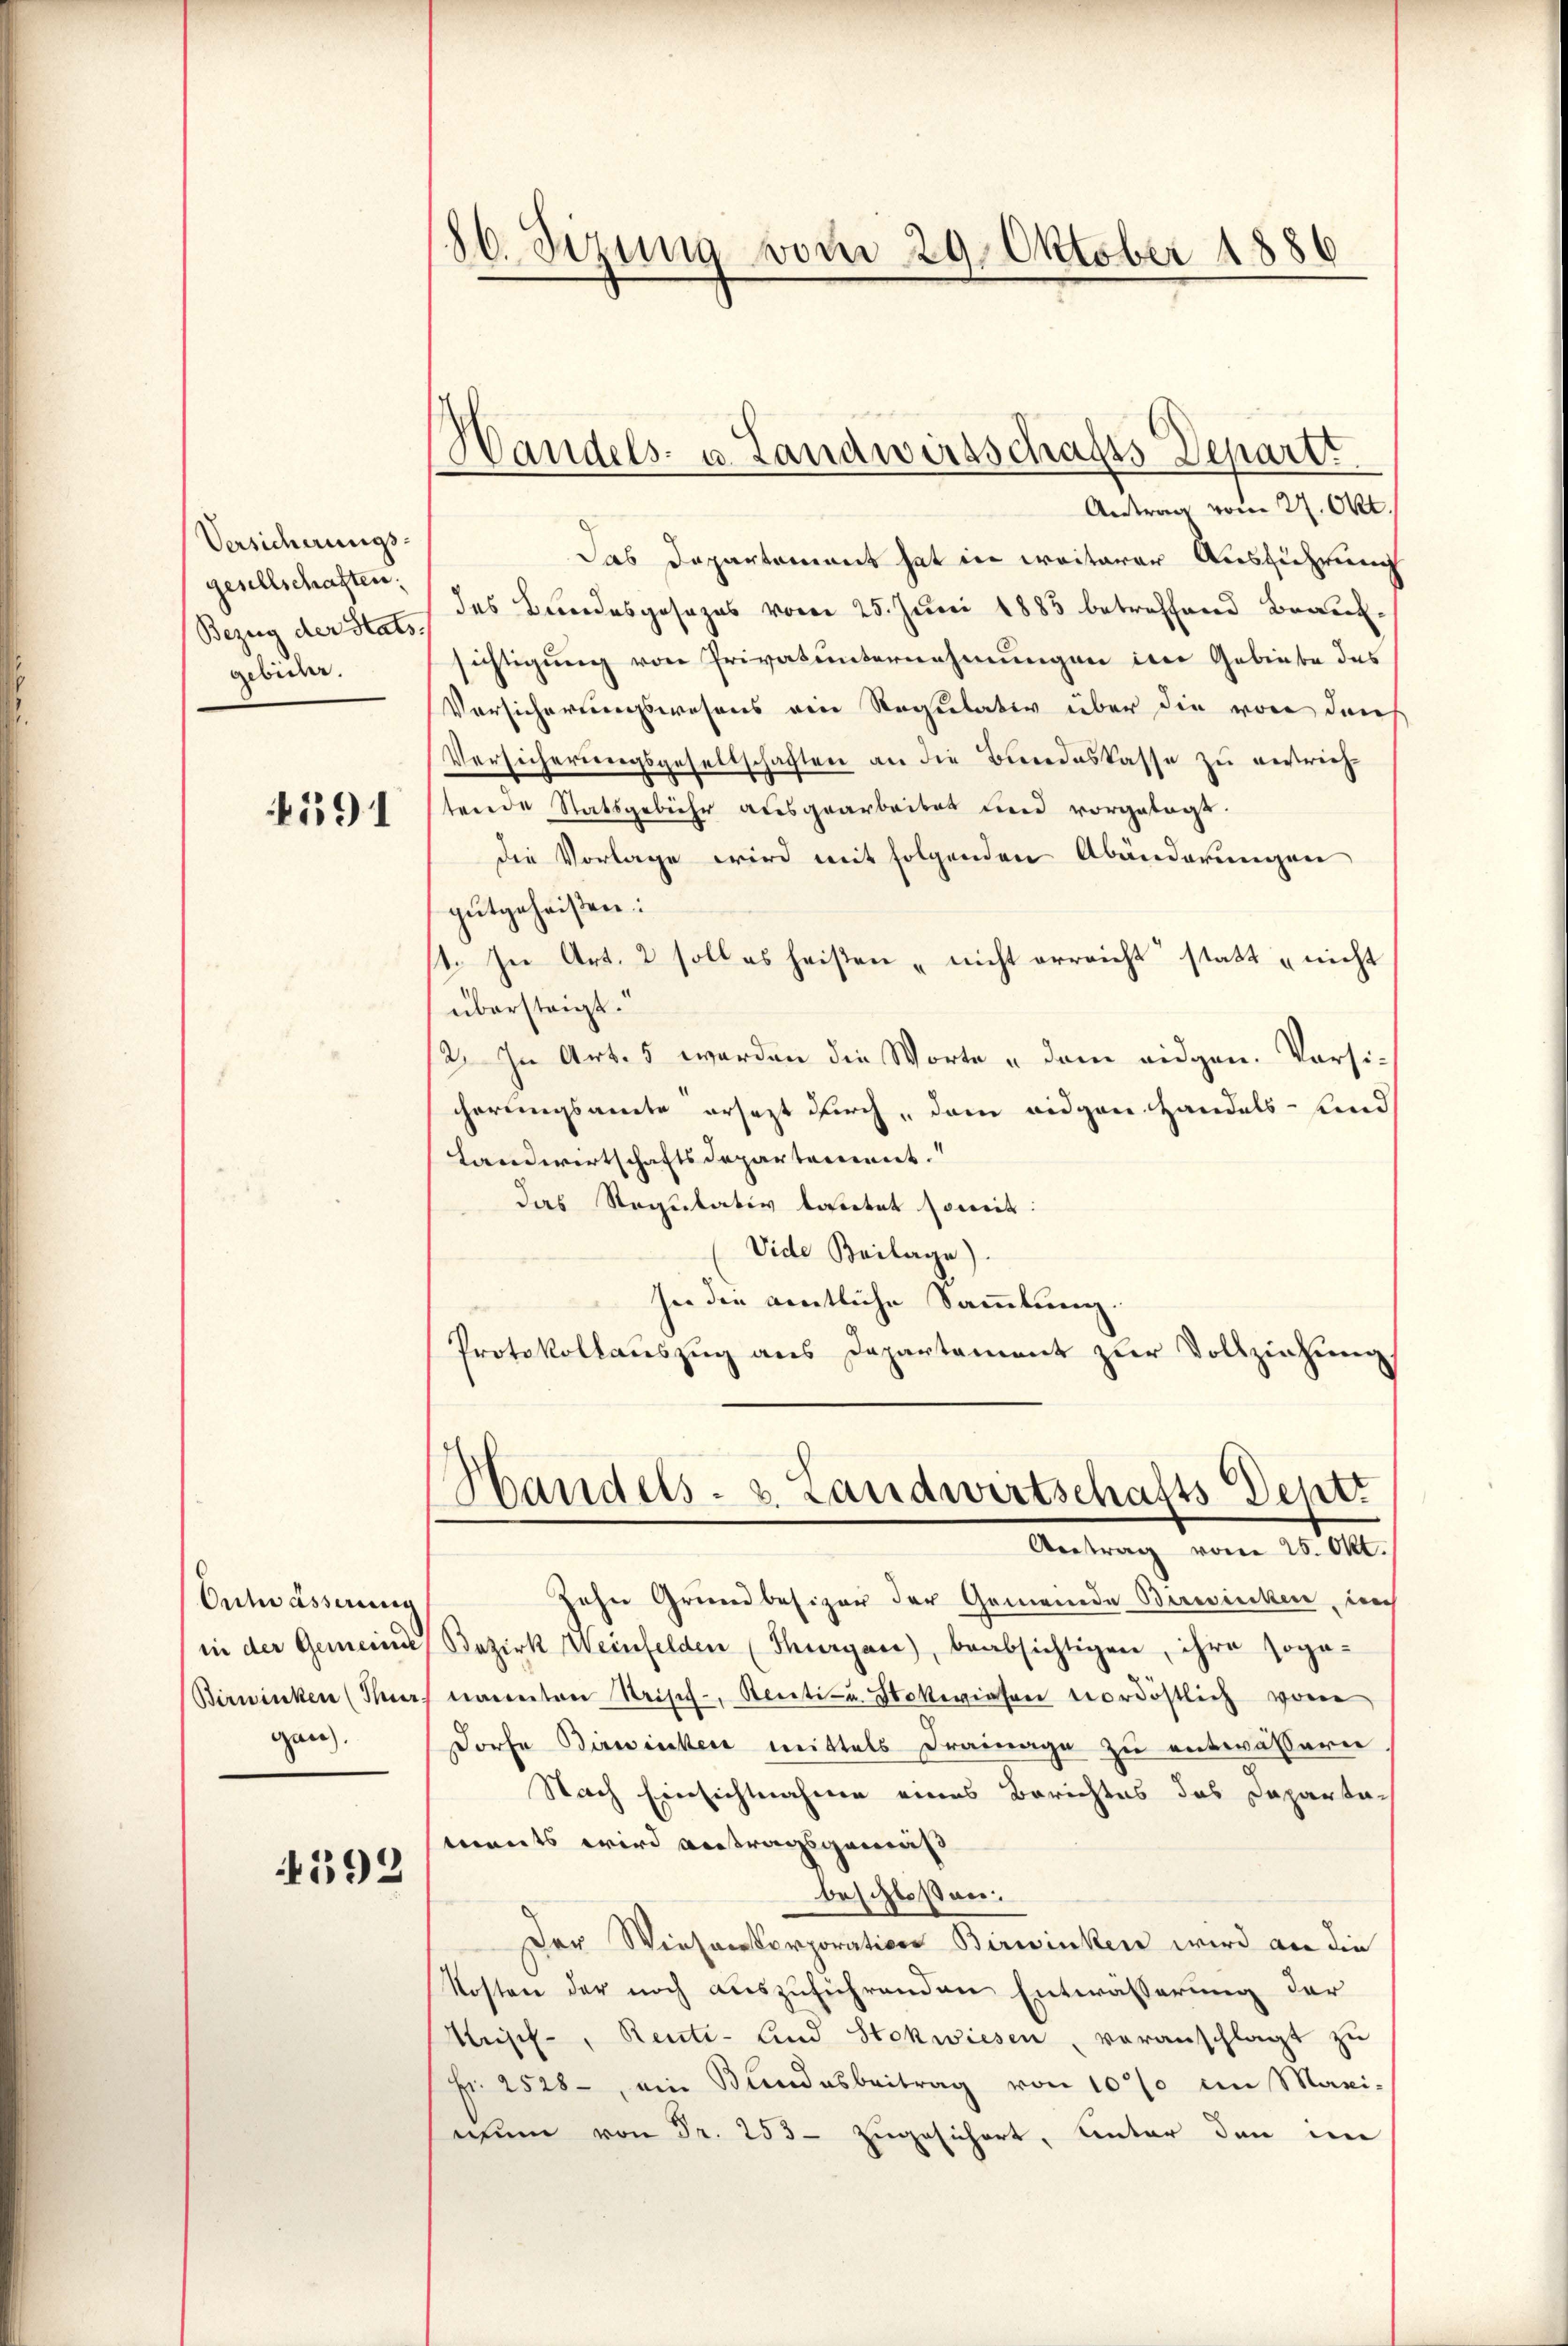
Versicherungs-
gesellschaften.
Bezug der Stats
gebider.

4591

Ontwässerung
Birwinken (Tur
gan.

4592

86. Sizung vom 29. Oktober 1886

Antrag vom 27. Okt.
Das Departement hat in weiterer Ausführung
das Bundesgesezes vom 25. Juni 1883 betreffend Beweisichtigung von Privatunternehmungen in Gebiete des
Vorsicherungswesens ein Regulativ über die von dans
Versicherungsgesellschaften an die Bundeskasse zu vertriefe
tende Statsgebühr ausgearbeitet und vorgetagt.
die Vorlage wird mit folgenden Abänderungen
gutgeheißen.
st. In Art. 2 soll es heisten - nicht erreicht statt „nicht
übersteigt.
12. In Art. 5 werden die Worte u dem eidgen. Vorsihörungsamte ersezt durch, dem eidgen. Handels- und
Landwirtschaftsdepartement.
das Requitativ lautet soweit:
Vide Beilage).
see die amtliche Sammlung.
Protokollauszug aus Departement zur Vollziehung

Handels- u. Landwirtschafts-Departt

zehn Grundbesizer der Gemeinde Bereiecken, in
in der Gemeinde Bezirk Weinfelden (Thurgau), beabsichtigen, ihre soge-
nannten Stripf - Renti- Stokwiesen vordöstlich von
Dorfe Birwinken mittels Drainage zu entwässern
Nach Einsichtnahme eines Berichtes das Departaments wird antragsgemäß
beschloßen:
Der Wiesenkorporation Birwinken wird an die
Kosten der noch auszuführenden Entwässerung der
Kripf, Renti- Und Stokwiesen, veranschlagt zu
fr. 2528, ein Bundesbeitrag von 10% im Maxi-
nium von Fr. 253- zugesichert, Unter den im

Handels- u. Landwirtschafts-Depti
Antrag vom 25. Okt.